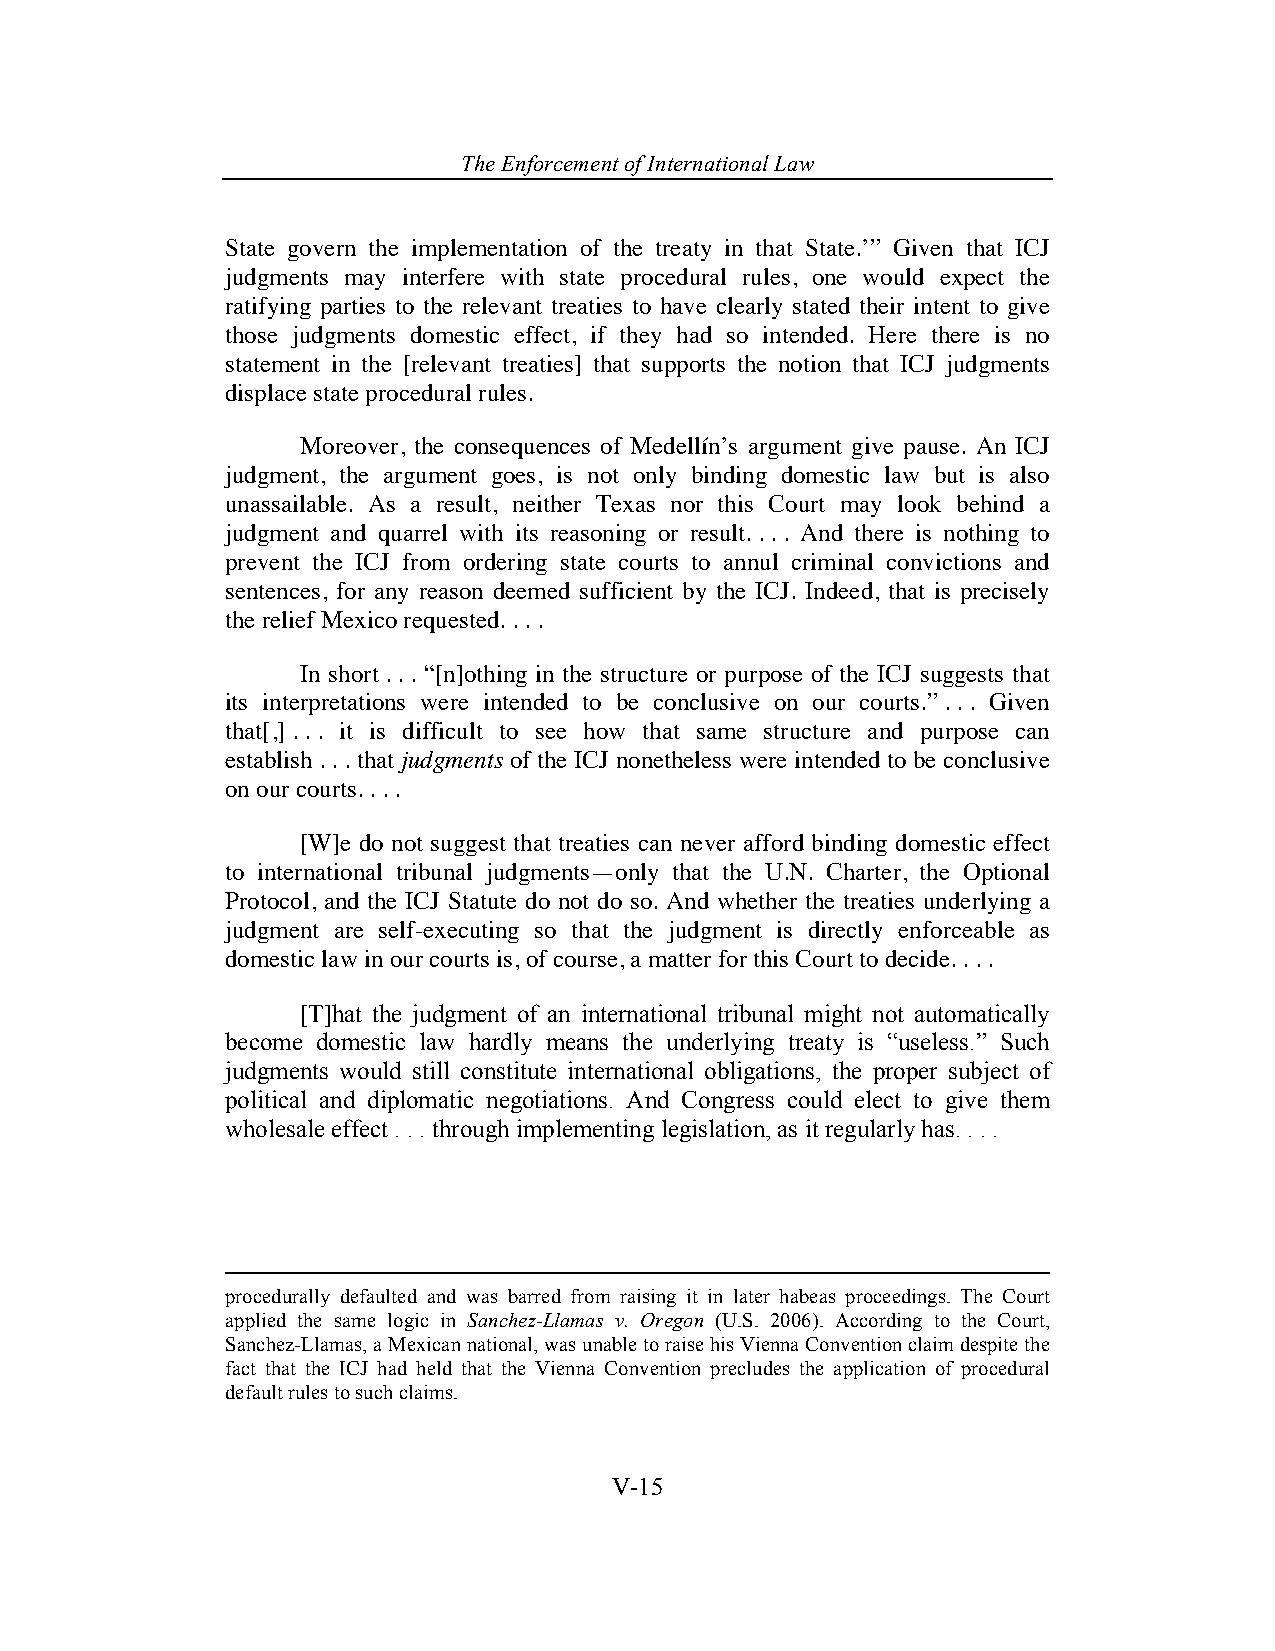
The Enforcement o f International Law
 State govern the implementation of the treaty in that State.’” Given that ICJ
 judgments may interfere with state procedural rules, one would expect the
 ratifying parties to the relevant treaties to have clearly stated their intent to give
 those judgments domestic effect, if they had so intended. Here there is no
 statement in the [relevant treaties] that supports the notion that ICJ judgments
 displace state procedural rules.
 Moreover, the consequences of Medellín’s argument give pause. An ICJ
 judgment, the argument goes, is not only binding domestic law but is also
 unassailable. As a result, neither Texas nor this Court may look behind a
 judgment and quarrel with its reasoning or result. . . . And there is nothing to
 prevent the ICJ from ordering state courts to annul criminal convictions and
 sentences, for any reason deemed sufficient by the ICJ. Indeed, that is precisely
 the relief Mexico requested. . . .
 In short . . . “[n]othing in the structure or purpose of the ICJ suggests that
 its interpretations were intended to be conclusive on our courts.” . . . Given
 that[,] . . . it is difficult to see how that same structure and purpose can
 establish . . . that judgments of the ICJ nonetheless were intended to be conclusive
 on our courts. . . .
 [W]e do not suggest that treaties can never afford binding domestic effect
 to international tribunal judgments—only that the U.N. Charter, the Optional
 Protocol, and the ICJ Statute do not do so. And whether the treaties underlying a
 judgment are self-executing so that the judgment is directly enforceable as
 domestic law in our courts is, of course, a matter for this Court to decide. . . .
 [T]hat the judgment of an international tribunal might not automatically
 become domestic law hardly means the underlying treaty is “useless.” Such
 judgments would still constitute international obligations, the proper subject of
 political and diplomatic negotiations. And Congress could elect to give them
 wholesale effect . . . through implementing legislation, as it regularly has. . . .
 procedurally defaulted and was barred from raising it in later habeas proceedings. The Court
 applied the same logic in Sanchez-Llamas v. Oregon (U.S. 2006). According to the Court,
 Sanchez-Llamas, a Mexican national, was unable to raise his Vienna Convention claim despite the
 fact that the ICJ had held that the Vienna Convention precludes the application of procedural
 default rules to such claims.
 V-15